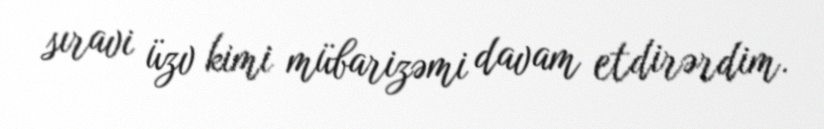
sıravi üzv kimi mübarizəmi davam etdirərdim.